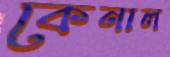
কেনাল